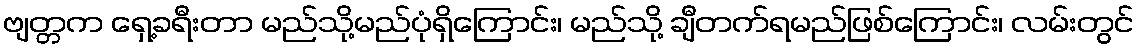
ဗျတ္တက ရှေ့ခရီးတာ မည်သို့မည်ပုံရှိကြောင်း၊ မည်သို့ ချီတက်ရမည်ဖြစ်ကြောင်း၊ လမ်းတွင်